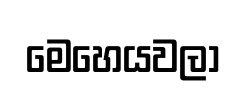
මෙහෙයවලා